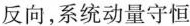
反向，系统动量守恒